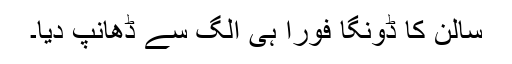
سالن کا ڈونگا فوراً ہی الگ سے ڈھانپ دیا۔